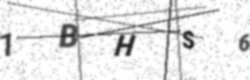
Text: 1BHS6